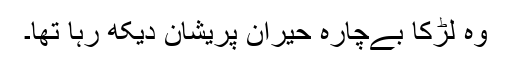
وہ لڑکا بےچارہ حیران پریشان دیکھ رہا تھا۔